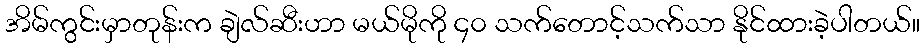
အိမ်ကွင်းမှာတုန်းက ချဲလ်ဆီးဟာ မယ်မိုကို ၄၀ သက်တောင့်သက်သာ နိုင်ထားခဲ့ပါတယ်။